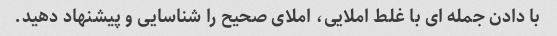
با دادن جمله ای با غلط املایی، املای صحیح را شناسایی و پیشنهاد دهید.